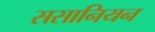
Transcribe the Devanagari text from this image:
ससानियन